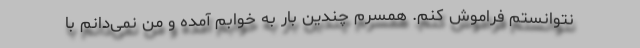
نتوانستم فراموش کنم. همسرم چندین بار به خوابم آمده و من نمی‌دانم با